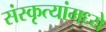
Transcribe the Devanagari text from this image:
संस्कृत्यांमध्ये